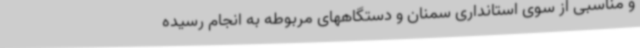
و مناسبی از سوی استانداری سمنان و دستگاههای مربوطه به انجام رسیده